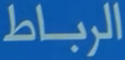
الرباط